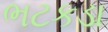
ભટકડા